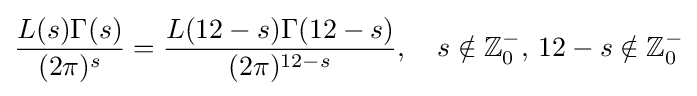
{\frac {L(s)\Gamma (s)}{(2\pi )^{s}}}={\frac {L(12-s)\Gamma (12-s)}{(2\pi )^{12-s}}},\quad s\notin \mathbb {Z} _{0}^{-},\,12-s\notin \mathbb {Z} _{0}^{-}